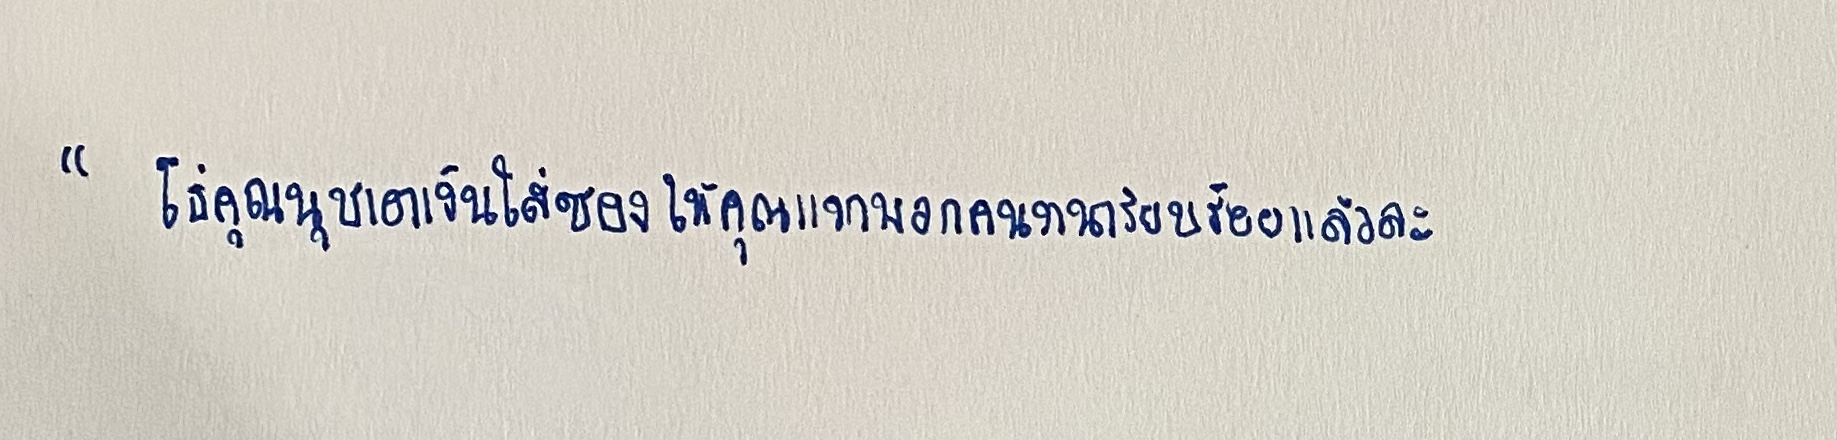
"โธ่คุณนุชเอาเงินใส่ซองให้คุณแจกพวกคนงานเรียบร้อยแล้วละ